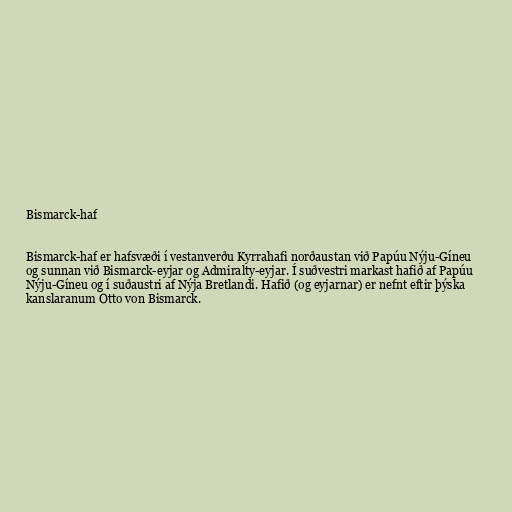
Bismarck-haf

Bismarck-haf er hafsvæði í vestanverðu Kyrrahafi norðaustan við Papúu Nýju-Gíneu
og sunnan við Bismarck-eyjar og Admiralty-eyjar. Í suðvestri markast hafið af Papúu
Nýju-Gíneu og í suðaustri af Nýja Bretlandi. Hafið (og eyjarnar) er nefnt eftir þýska
kanslaranum Otto von Bismarck.